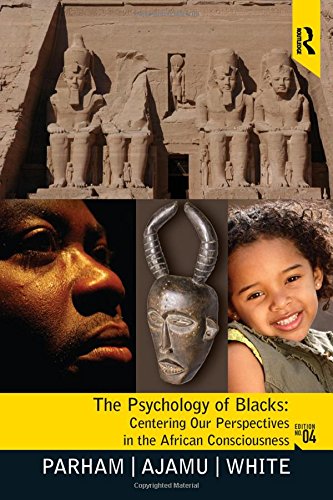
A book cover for Psychology of Blacks: Centering Our Perspectives in the African Consciousness; Thomas A Parham; Medical Books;